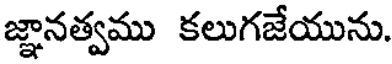
జ్ఞానత్వము కలుగజేయును.